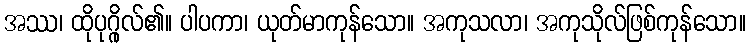
အဿ၊ ထိုပုဂ္ဂိုလ်၏။ ပါပကာ၊ ယုတ်မာကုန်သော။ အကုသလာ၊ အကုသိုလ်ဖြစ်ကုန်သော။